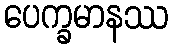
ပေက္ခမာနဿ